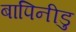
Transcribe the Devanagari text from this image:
बापिनीडु